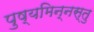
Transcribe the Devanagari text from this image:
पुष्यमिन्नस्तु